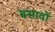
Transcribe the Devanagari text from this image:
बसावों